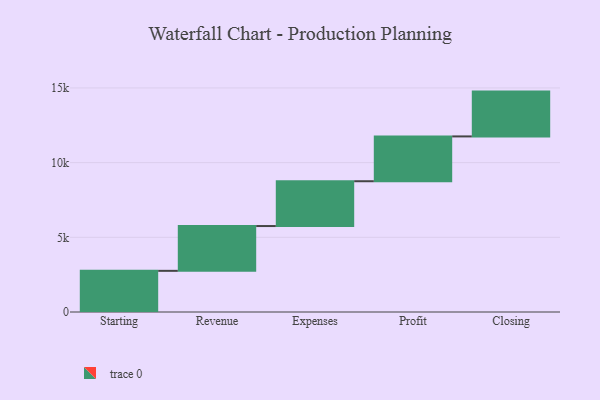
{"axis": {"x": "Step", "y": "Value"}, "legend": [""], "data": [{"x": "Starting", "y": 2755.0, "type": ""}, {"x": "Revenue", "y": 2999.0, "type": ""}, {"x": "Expenses", "y": 3000, "type": ""}, {"x": "Profit", "y": 3000, "type": ""}, {"x": "Closing", "y": 3000, "type": ""}]}